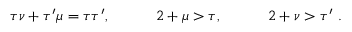
\tau \nu + \tau ^ { \prime } \mu = \tau \tau ^ { \prime } , \quad \qquad 2 + \mu > \tau , \quad \qquad 2 + \nu > \tau ^ { \prime } \, \, .